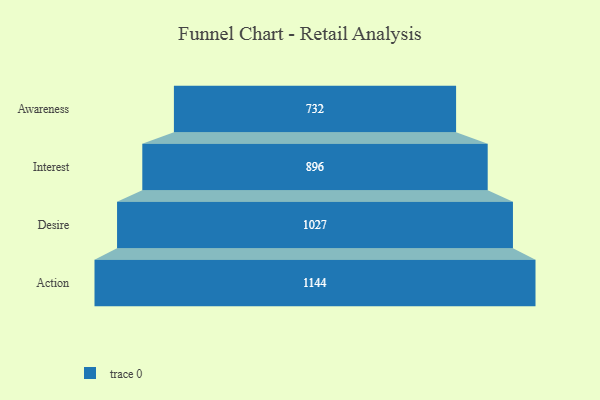
{"axis": {"x": "Stage", "y": "Value"}, "legend": [""], "data": [{"x": "Awareness", "y": 732.0, "type": ""}, {"x": "Interest", "y": 896.0, "type": ""}, {"x": "Desire", "y": 1027.0, "type": ""}, {"x": "Action", "y": 1144.0, "type": ""}]}